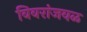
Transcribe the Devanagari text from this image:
विवरांजवळ